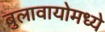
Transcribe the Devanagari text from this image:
बुलावायोमध्ये